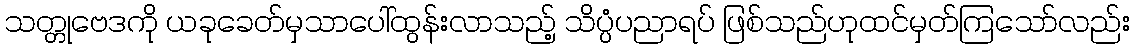
သတ္တုဗေဒကို ယခုခေတ်မှသာပေါ်ထွန်းလာသည့် သိပ္ပံပညာရပ် ဖြစ်သည်ဟုထင်မှတ်ကြသော်လည်း